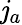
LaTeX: \mathit{j}_{a}